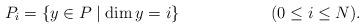
LaTeX: \begin{align*}P_i = \lbrace y \in P \mid \dim y = i \rbrace&&(0 \le i \le N).\end{align*}